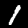
Label: 1